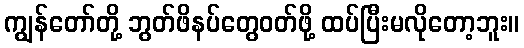
ကျွန်တော်တို့ ဘွတ်ဖိနပ်တွေဝတ်ဖို့ ထပ်ပြီးမလိုတော့ဘူး။